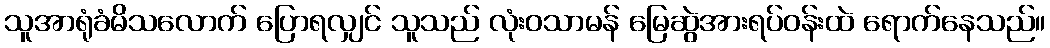
သူအာရုံခံမိသလောက် ပြောရလျှင် သူသည် လုံးဝသာမန် မြေဆွဲအားရပ်ဝန်းထဲ ရောက်နေသည်။